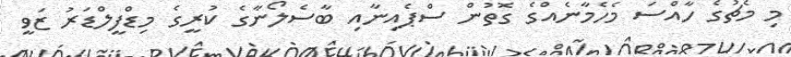
މި މެޗުގެ ހާއްސަ މެހެމާނެއްގެ ގޮތުން ސްޕެއިނާއި ބާސެލޯނާގެ ކުރީގެ މިޑްފީލްޑަރު ޒަވީ